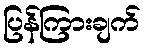
ပြန်ကြားချက်